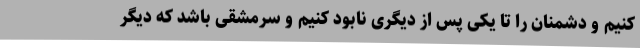
کنیم و دشمنان را تا یکی پس از دیگری نابود کنیم و سرمشقی باشد که دیگر